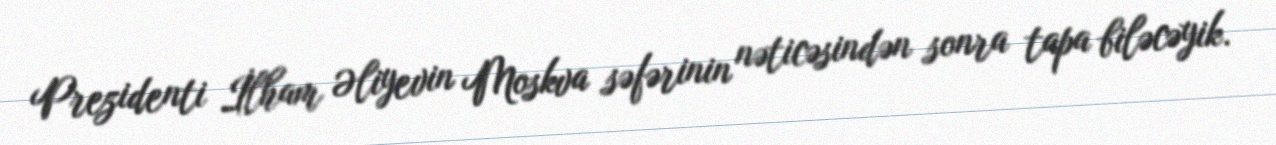
Prezidenti İlham Əliyevin Moskva səfərinin nəticəsindən sonra tapa biləcəyik.